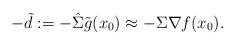
LaTeX: \begin{align*}-\tilde d := -\hat \Sigma \tilde g(x_0) \approx -\Sigma \nabla f(x_0).\end{align*}